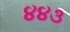
૪૪૩